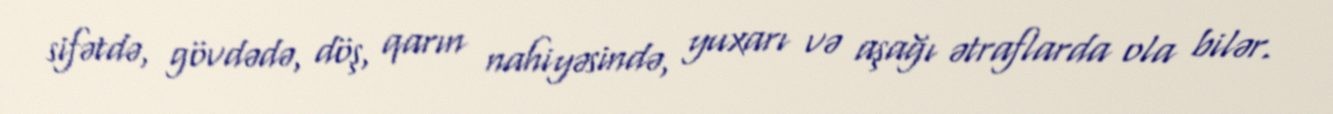
sifətdə, gövdədə, döş, qarın nahiyəsində, yuxarı və aşağı ətraflarda ola bilər.